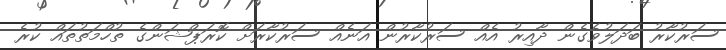
ސަރުކާރު ބަދަލުވެގެން ދާއިރު އެއް ސަރުކާރުން އަނެއް ސަރުކާރަށް ކޮރަޕްޝަންގެ ތުހްމަތުތައް ކުރެ